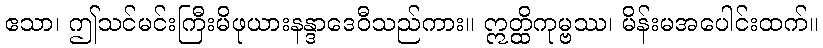
ဧသာ၊ ဤသင်မင်းကြီးမိဖုယားနန္ဒာဒေဝီသည်ကား။ ဣတ္ထိကုမ္ဗဿ၊ မိန်းမအပေါင်းထက်။